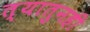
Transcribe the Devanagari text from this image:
त्यातुनही